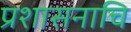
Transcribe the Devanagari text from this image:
प्रशासनाचि